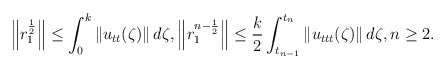
\begin{align*} \left\|r_1^{\frac{1}{2}}\right\| \leq \int_0^{k} \left\|u_{tt}(\zeta)\right\| d\zeta, \left\|r_1^{n-\frac{1}{2}}\right\|\leq \frac{k}{2} \int_{t_{n-1}}^{t_{n}} \left\|u_{ttt}(\zeta)\right\| d\zeta, n\geq 2. \end{align*}